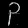
Digit: ၃